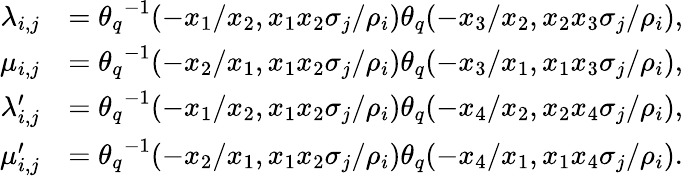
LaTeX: \begin{array}{rl}{\lambda_{i,j}}&{={\theta_{q}}^{-1}(-x_{1}/x_{2},x_{1}x_{2}\sigma_{j}/\rho_{i}){\theta_{q}}(-x_{3}/x_{2},x_{2}x_{3}\sigma_{j}/\rho_{i}),}\\ {\mu_{i,j}}&{={\theta_{q}}^{-1}(-x_{2}/x_{1},x_{1}x_{2}\sigma_{j}/\rho_{i}){\theta_{q}}(-x_{3}/x_{1},x_{1}x_{3}\sigma_{j}/\rho_{i}),}\\ {\lambda_{i,j}^{\prime}}&{={\theta_{q}}^{-1}(-x_{1}/x_{2},x_{1}x_{2}\sigma_{j}/\rho_{i}){\theta_{q}}(-x_{4}/x_{2},x_{2}x_{4}\sigma_{j}/\rho_{i}),}\\ {\mu_{i,j}^{\prime}}&{={\theta_{q}}^{-1}(-x_{2}/x_{1},x_{1}x_{2}\sigma_{j}/\rho_{i}){\theta_{q}}(-x_{4}/x_{1},x_{1}x_{4}\sigma_{j}/\rho_{i}).}\end{array}